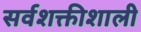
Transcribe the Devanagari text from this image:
सर्वशक्तीशाली